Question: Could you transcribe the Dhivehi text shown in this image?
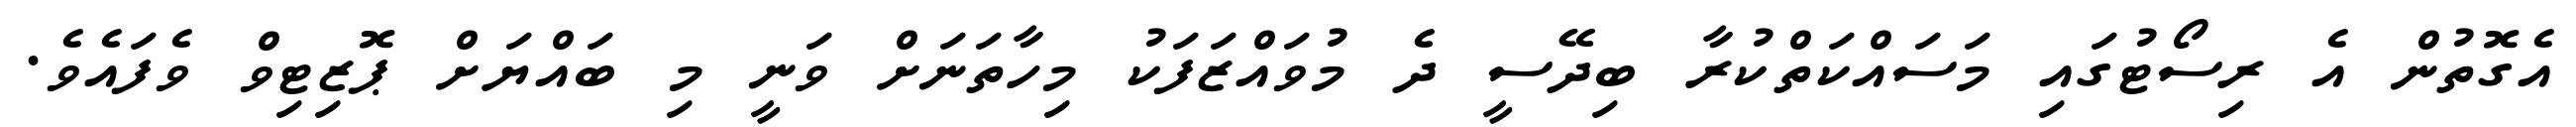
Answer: އެގޮތުން އެ ރިސޯޓުގައި މަސައްކަތްކުރާ ބިދޭސީ ދެ މުވައްޒަފަކު މިހާތަނަށް ވަނީ މި ބައްޔަށް ޕޮޒިޓިވް ވެފައެވެ.